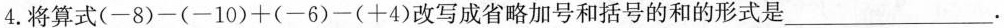
4.将算式$$(-8)-(-10)+(-6)-(+4)$$改写成省略加号和括号的和的形式是___.